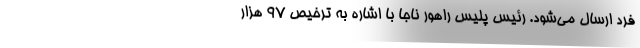
فرد ارسال می‌‌شود. رئیس پلیس راهور ناجا با اشاره به ترخیص 97 هزار